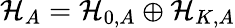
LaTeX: \mathcal{H}_{A}=\mathcal{H}_{0,A}\oplus\mathcal{H}_{K,A}